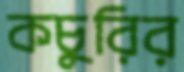
কচুরির